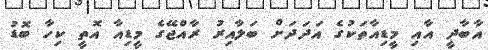
އާބާދީ އާއި މީޑިއާތަކުގެ އަދަދަށް ބަލާއިރު ރާއްޖޭގެ މީޑިއާ އޮތީ ކިހާ ބޮޑު